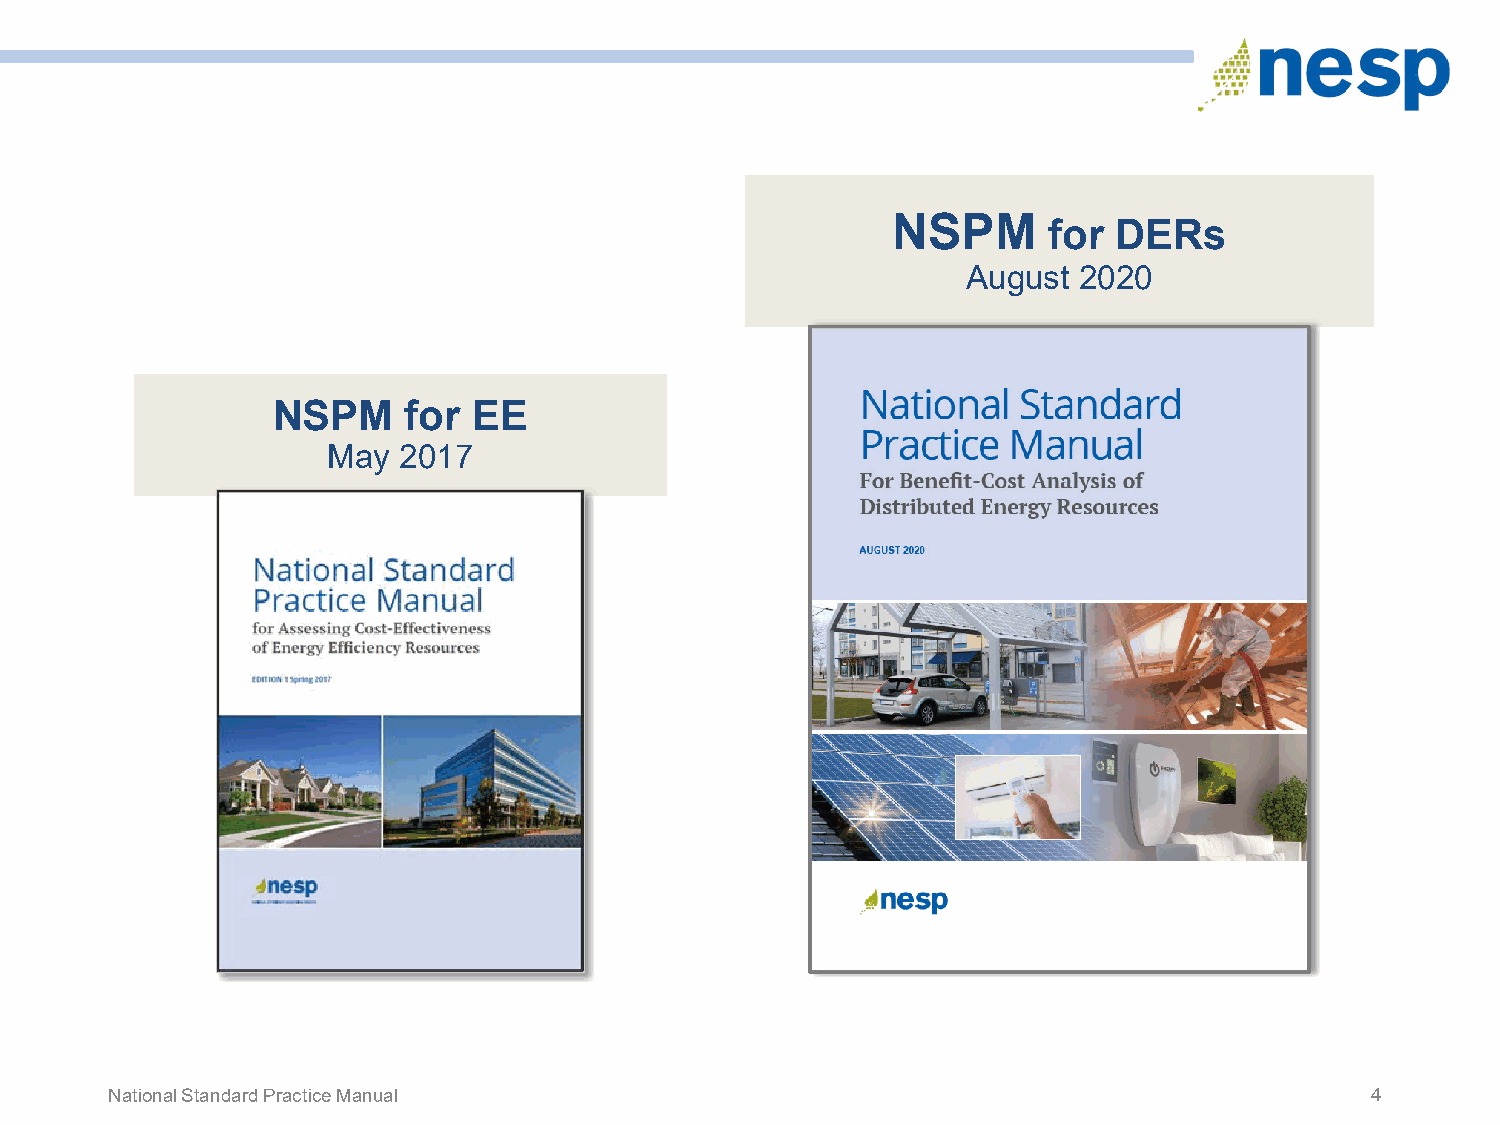
NSPM      for  DERs
 August 2020
 NSPM     for EE
 May 2017
 National Standard Practice Manual                                                   4